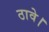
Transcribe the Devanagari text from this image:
ठावे।